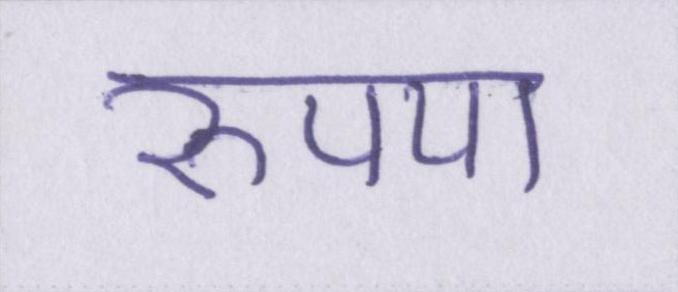
रुपया